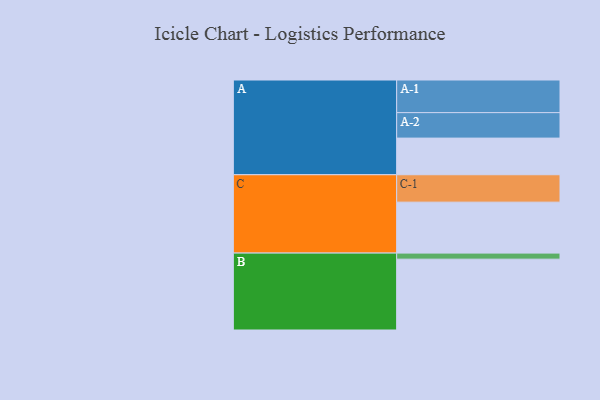
{"axis": {"x": "Segment", "y": "Value"}, "legend": ["", "A", "B", "C"], "data": [{"x": "A", "y": 302, "type": ""}, {"x": "B", "y": 584, "type": ""}, {"x": "C", "y": 420, "type": ""}, {"x": "A-1", "y": 269, "type": "A"}, {"x": "A-2", "y": 210, "type": "A"}, {"x": "B-1", "y": 50, "type": "B"}, {"x": "C-1", "y": 226, "type": "C"}]}